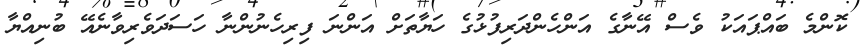
ކޮންމެ ބައްޕައަކު ވެސް އޭނާގެ އަންހެންދަރިފުޅުގެ ހަޔާތަށް އަންނަ ފިރިހެނުންނާ ހަސަދަވެރިވާނެއޭ ބުނިއްޔާ